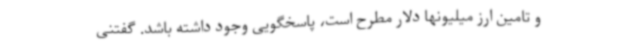
و تامین ارز میلیونها دلار مطرح است، پاسخگویی وجود داشته باشد. گفتنی